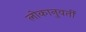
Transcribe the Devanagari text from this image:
लोकानुवर्ती